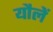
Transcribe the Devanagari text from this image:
यौलें